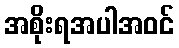
အစိုးရအပါအဝင်